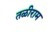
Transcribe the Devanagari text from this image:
तळीराम